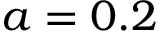
a = 0 . 2